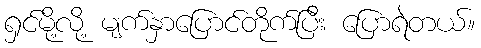
ရှင်မို့လို့ မျက်နှာပြောင်တိုက်ပြီး ပြောရဲတယ်။